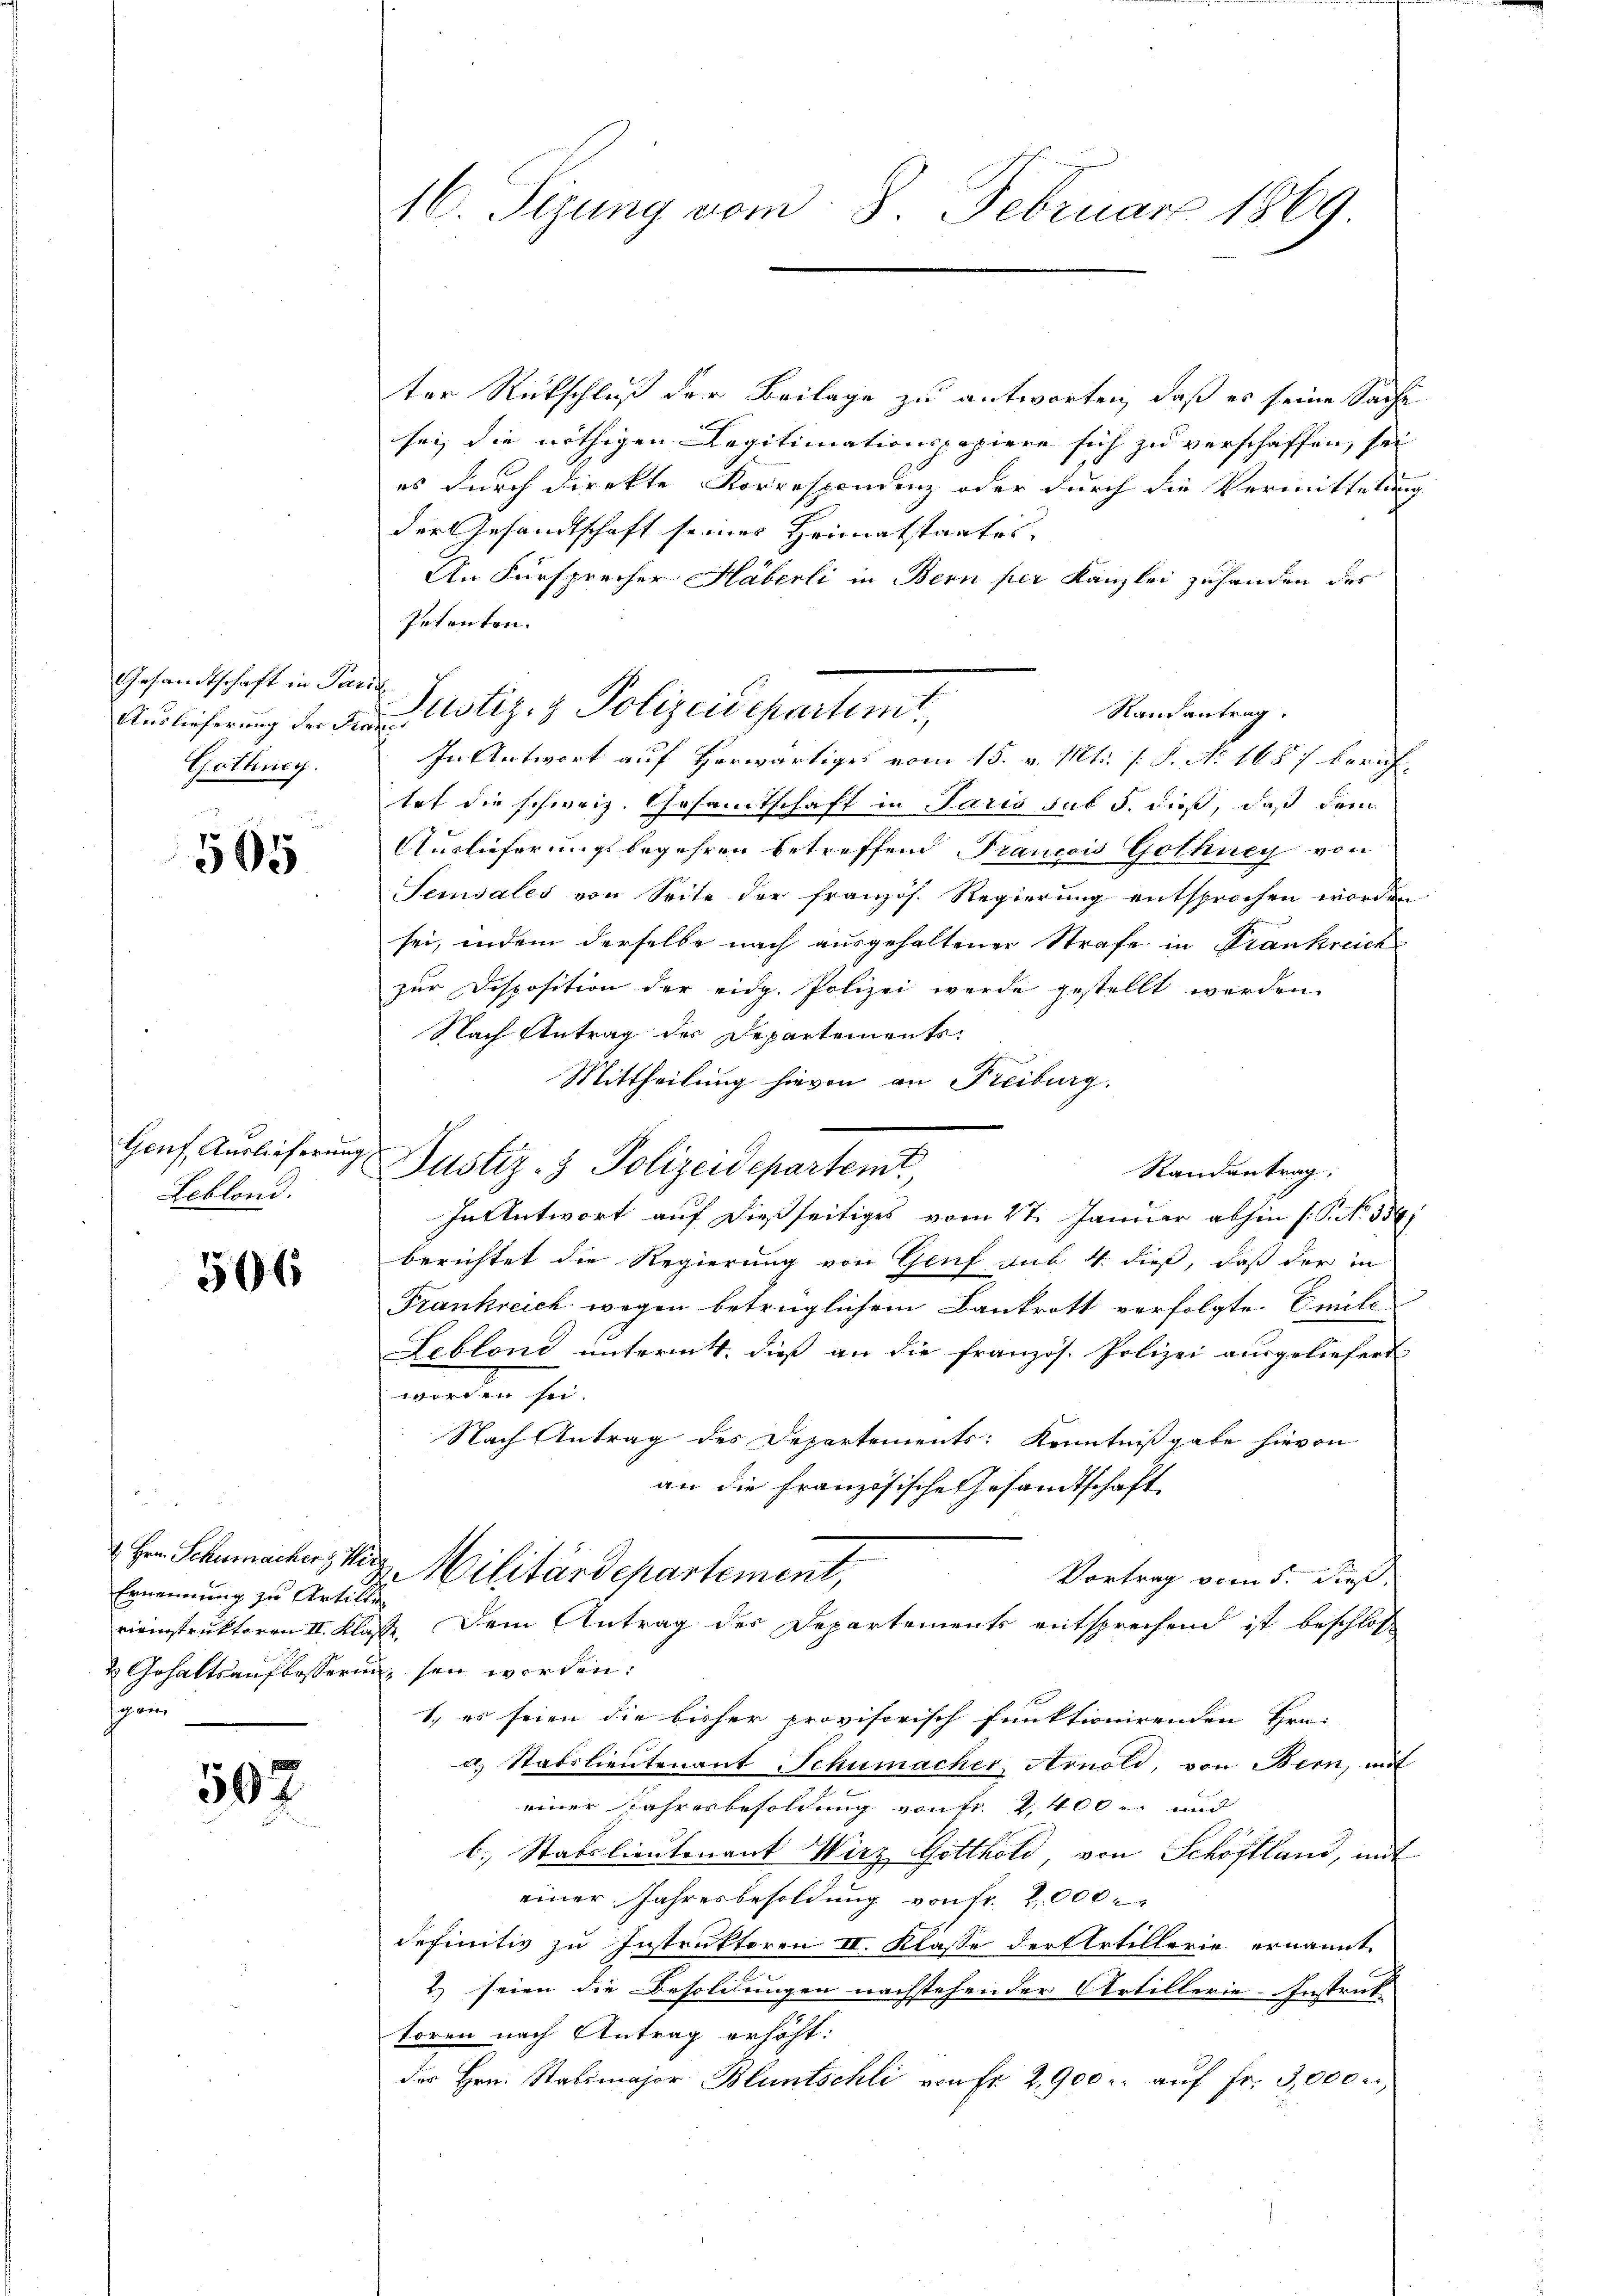
Gesandtschaft in Par
Auslieferung der Sei
Gothurg.

505

Genf, Auslieferung
Leblond.

506

1. Hrn. Schumacher z. Hir
Ernennung zu Artillen
gein

502

16. Sizung vom 8. Februar 1869

ter Rückschluß der Beilage zu antworten, daß es seine Sache
sei, die nöthigen Legitimationspapiere sich zu verschaffen, sei
es durch direkte Korrespondenz oder durch die Vermittelung
der Gesandtschaft seines Heimatstaates.
An Fürsprecher Häberli in Bern per Kanzlei zuhanden des
Petenten.
c
In Antwort auf Herwärtiges vom 15. v. Mts. [S. N. 1657 berichtet die schweiz. Gesandtschaft in Paris sub 5. dieß, daß dem
Auslieferungsbegehren betreffend Francois Gothney von
Semsales von Seite der französ. Regierung entsprochen worden
sei, indem derselbe nach ausgehaltener Strafe in Frankreich
zur Disposition der eidg. Polizei werde gestellt werden.
Nach Antrag der Departements
Mittheilung hievon an Freiburg.
Justiz- & Polizeidepartemt,
Randantrag.
In Antwort auf dießseitiges vom 27. Januar abhin s. P. Nr. 356
berichtet die Regierung von Genf auf 4. dieß, daß der in
Frankreich wegen betrüglichem Bankrott verfolgte Emill-
Leblone unter dies an die französ. Polizei ausgeliefert |
worden sei.
Nach Antrag des Departements: Kenntnißgabe hievon
an die Französische Gesandtschaft
Militärdepartement,
Vortrag vom 5. dieß:
rieinstruktoren II. Klasse. Dem Antrag des Departements entsprechend ist beschlos
 Gehaltsaufbesserung sein worden.
1.) es seien die bisher provisorisch funktionirenden Hrn
a) Stabslieutenant Schumacher Arnold, von Bern, mit
einer Jahresbesoldung von fr. 2400 und
b. Stabslieutenant Wirz Gotthold, von Schöftland, mit
einer Jahresbesoldung von fr. 2,000
definitiv zu Instruktoren II. Klasse der Artillerie ernannt
1. seien die Besoldungen nachstehender Artillerie-Instruk-
toren nach Antrag erhöht:
der Hrn. Stalsmajor Bluntschli von fr. 2900. aŭf fr. 3,000 c

Justiz- & Polizeidepartemt

Randantrag.